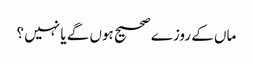
ماں کے روزے صحیح ہوں گے یا نہیں ؟